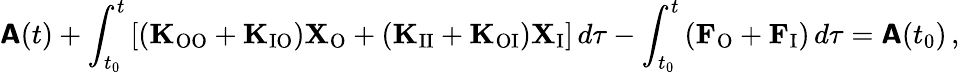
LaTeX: \boldsymbol{\mathsf{A}}(t)+\int_{t_{0}}^{t}\left[(\mathbf{K}_{\mathrm{OO}}+\mathbf{K}_{\mathrm{IO}})\mathbf{X}_{\mathrm{O}}+(\mathbf{K}_{\mathrm{II}}+\mathbf{K}_{\mathrm{OI}})\mathbf{X}_{\mathrm{I}}\right]\, d\tau-\int_{t_{0}}^{t}\left(\mathbf{F}_{\mathrm{O}}+\mathbf{F}_{\mathrm{I}}\right)\, d\tau=\boldsymbol{\mathsf{A}}(t_{0})\, ,